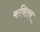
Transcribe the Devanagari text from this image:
कवितव